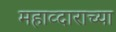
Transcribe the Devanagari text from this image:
महाव्दाराच्या